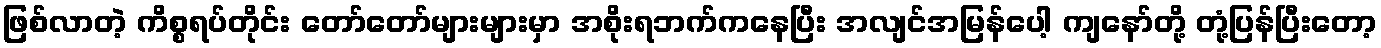
ဖြစ်လာတဲ့ ကိစ္စရပ်တိုင်း တော်တော်များများမှာ အစိုးရဘက်ကနေပြီး အလျင်အမြန်ပေါ့ ကျနော်တို့ တုံ့ပြန်ပြီးတော့